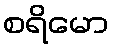
စရိမော